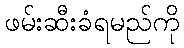
ဖမ်းဆီးခံရမည်ကို